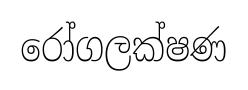
රෝගලක්ෂණ